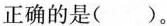
正确的是()。